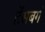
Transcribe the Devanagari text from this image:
हेंसबर्ग